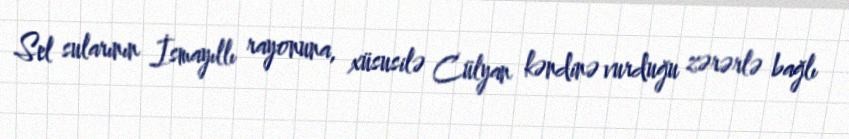
Sel sularının İsmayıllı rayonuna, xüsusilə Cülyan kəndinə vurduğu zərərlə bağlı